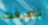
تعرفت